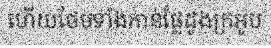
ហើយថែមទាំងកាន់ផ្លែដូងក្រអូប